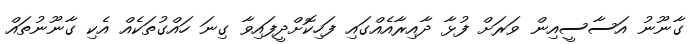
ގާނޫނު އަސާސީއިން ވަރަށް ފުޅާ ދާއިރާއެއްގައި ފަހިކޮށްދީފައިވާ ގިނަ ހައްގުތަކެއް އެކި ގާނޫނުތައް